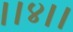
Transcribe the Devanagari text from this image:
।।४।।